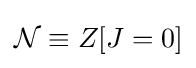
{\mathcal {N}}\equiv Z[J=0]